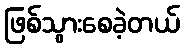
ဖြစ်သွားစေခဲ့တယ်